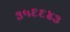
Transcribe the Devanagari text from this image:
३५६६४३